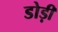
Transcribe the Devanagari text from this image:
डोड़ी